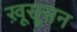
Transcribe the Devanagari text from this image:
ख़ूसूसन